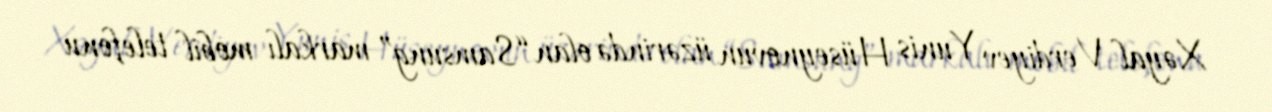
Xəyal Verdiyev Yunis Hüseynovun üzərində olan “Samsung” markalı mobil telefonu